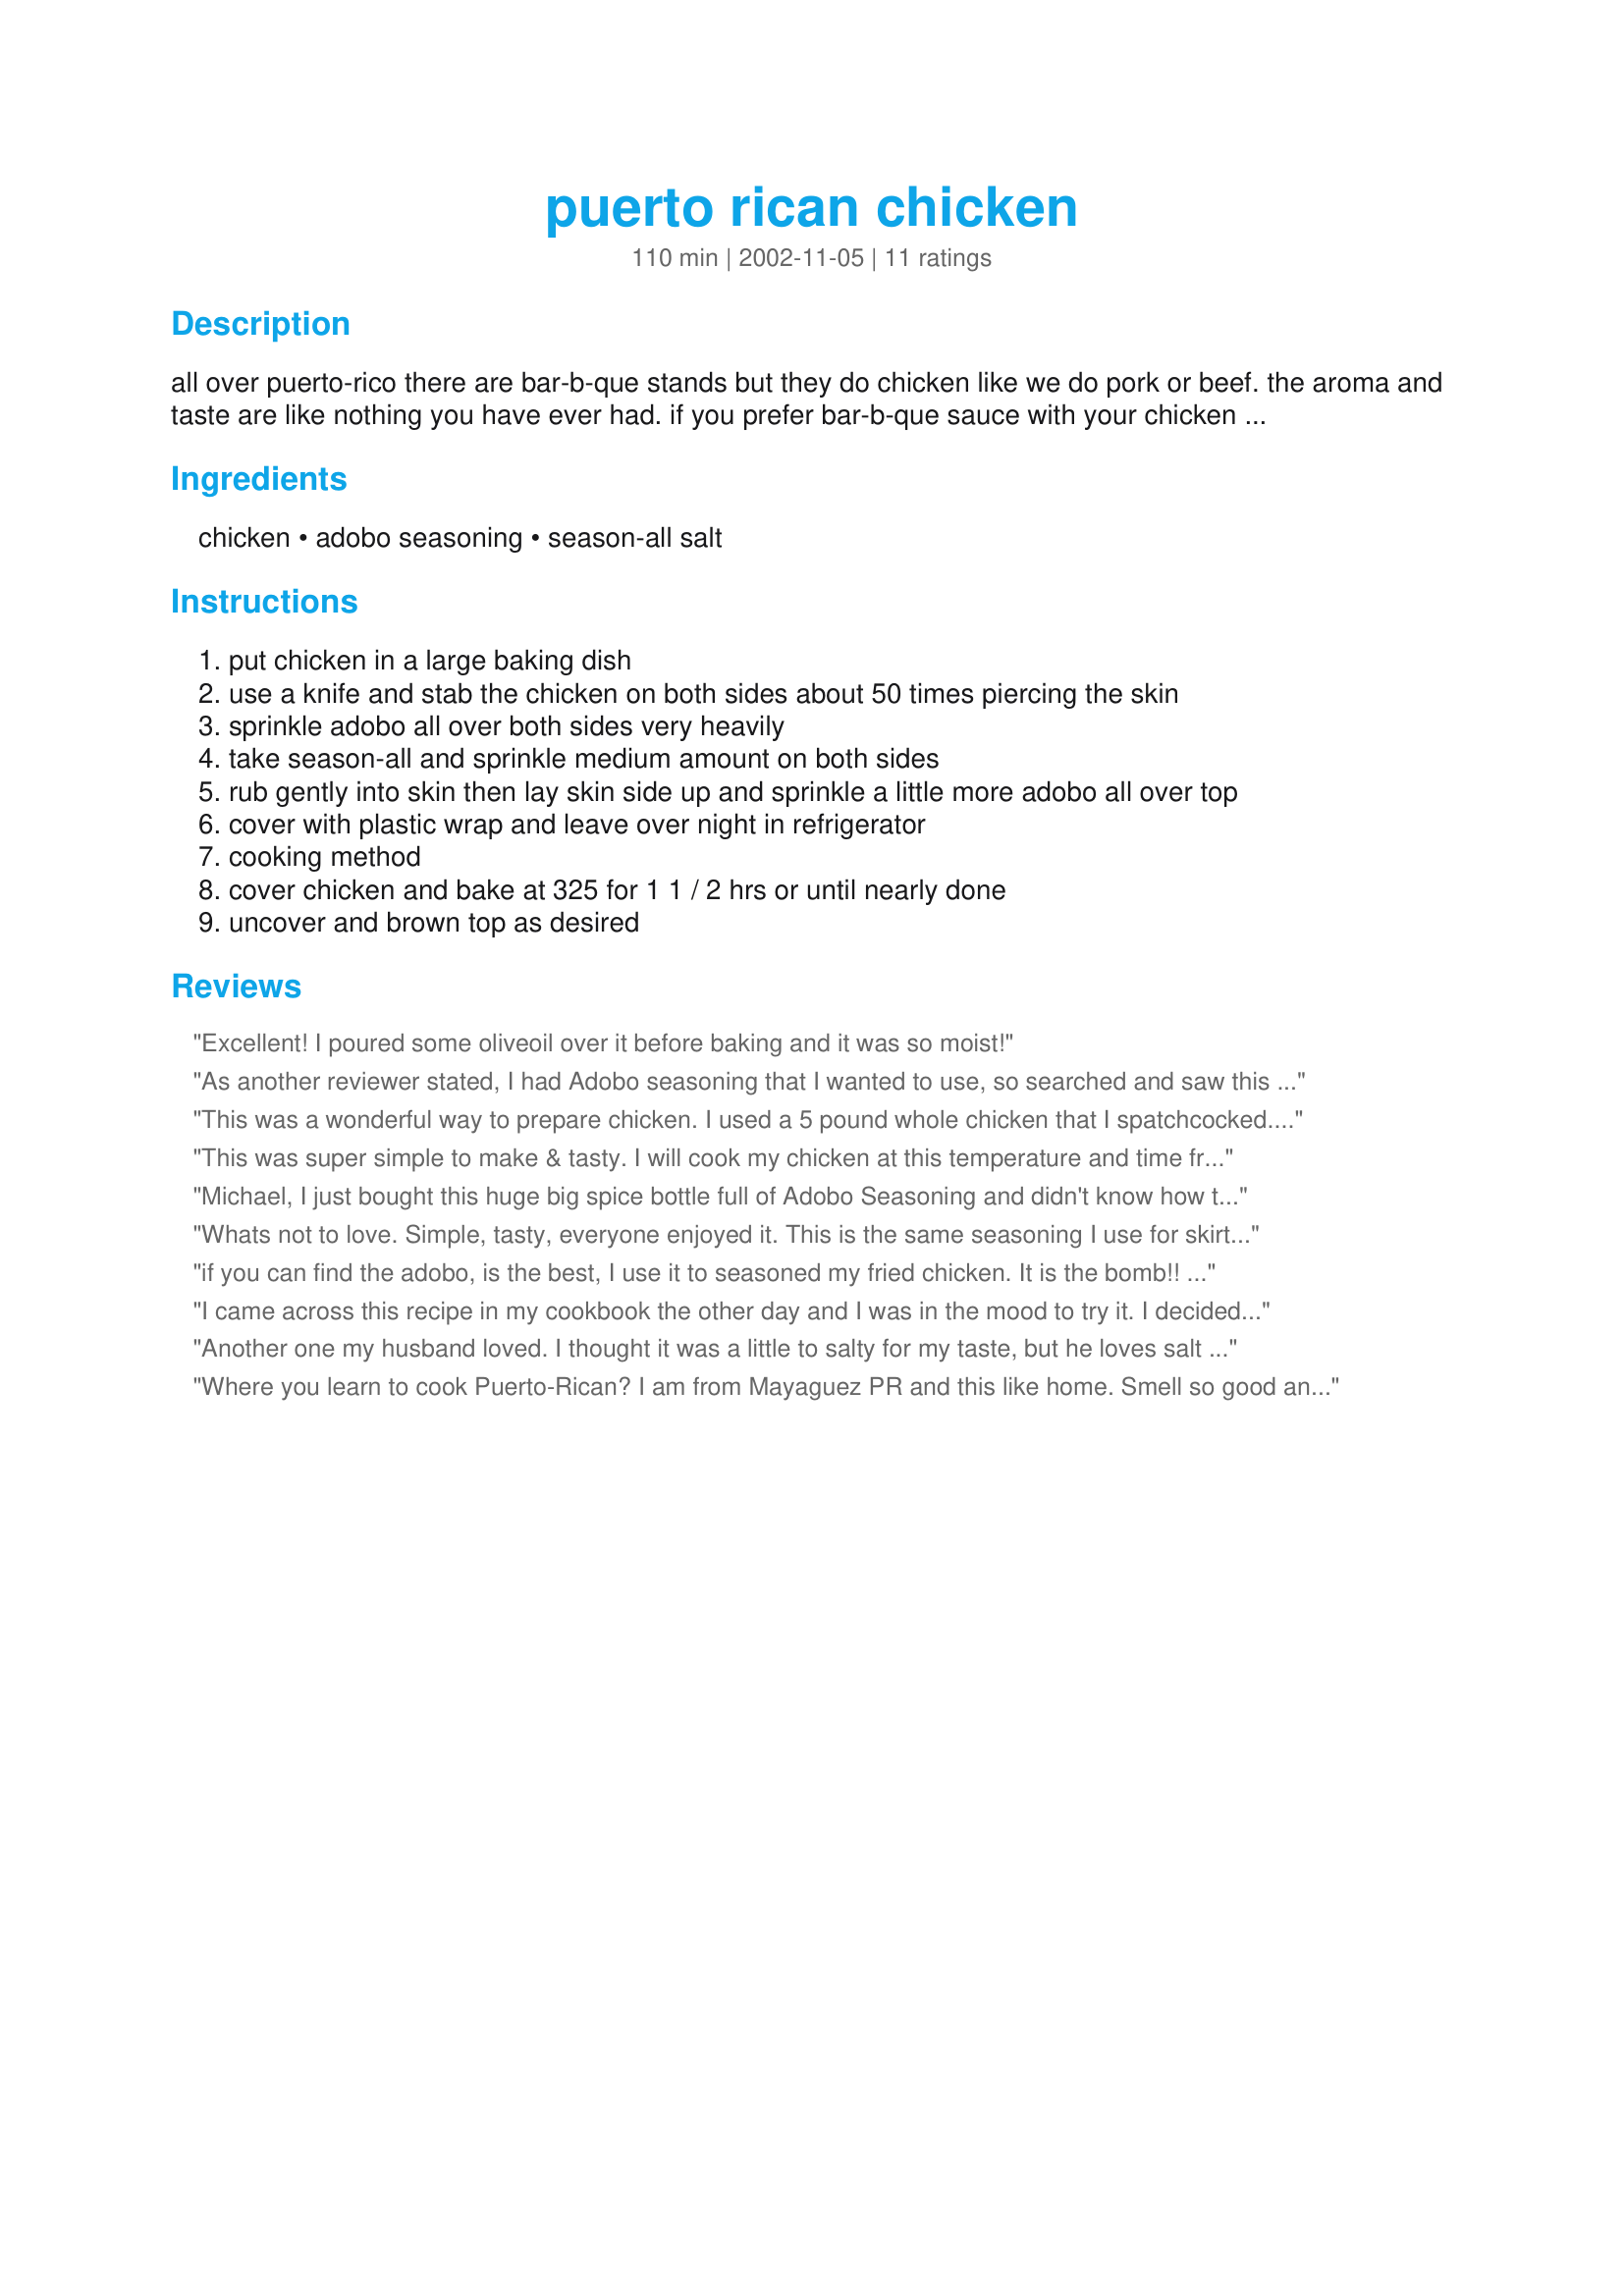
puerto rican chicken
Preparation time: 110 minutes

all over puerto-rico there are bar-b-que stands but they do chicken like we do pork or beef. the aroma and taste are like nothing you have ever had. if you prefer bar-b-que sauce with your chicken try a sauce with honey and add a little extra honey and brush on chicken.

Ingredients:
chicken, adobo seasoning, season-all salt

Steps:
put chicken in a large baking dish
use a knife and stab the chicken on both sides about 50 times piercing the skin
sprinkle adobo all over both sides very heavily
take season-all and sprinkle medium amount on both sides
rub gently into skin then lay skin side up and sprinkle a little more adobo all over top
cover with plastic wrap and leave over night in refrigerator
cooking method
cover chicken and bake at 325 for 1 1 / 2 hrs or until nearly done
uncover and brown top as desired

Reviews:
Excellent! I poured some oliveoil over it before baking and it was so moist!
As another reviewer stated, I had Adobo seasoning that I wanted to use, so searched and saw this recipe (love simple recipes with few ingredients) This is delicious! I prepared as directed by the recipe, using chicken thighs, even sprinkled some seasoning under the skin. I did forget to cover it while baking, but I don't thinks this affected the outcome at all. The aroma was divine and it was hard to wait for the chicken to cook. I turned on the broiler for a few moments to crisp up the skin. I had one thigh just by itself and it was so moist, tender and flavorful. I have chopped up the other thighs and plan to use in a tortilla with additional fixings. Wonderful and definitely a keeper! Thanks Michael J. Hennessey!
This was a wonderful way to prepare chicken. I used a 5 pound whole chicken that I spatchcocked. (Recipe #187484). I used Penzeys adobo seasoning. This was very flavorful and moist.
This was super simple to make & tasty. I will cook my chicken at this temperature and time from now on. My only complaint was that adobo is salty enough by itself. I used both adobo & seasoned salt but will decrease both next time. Thx for posting!!
Michael,
 I just bought this huge big spice bottle full of Adobo Seasoning and didn't know how to use it,so 
I looked it up on Zaar and yours was the one I decided to use,because it was simple,and something I knew I could taste the spices on,it was so very good.Thank you.
Darlene Summers
Whats not to love. Simple, tasty, everyone enjoyed it. This is the same seasoning I use for skirt steak so I knew it would go over well with the family. I used leg/thigh pieces and cooked it for about 1 hour uncovered. It came out perfect. Thanks for posting. I served it with Brown Rice and Pigeon Peas (Arroz Con Gandules)
Recipe #123999 and it was a wonderful meal.
if you can find the adobo, is the best,
I use it to seasoned my fried chicken. 
It is the bomb!!
also good on pork chops!
I came across this recipe in my cookbook the other day and I was in the mood to try it. I decided that since I had some various chicken pieces in the freezer that I would use them instead. I always have adobo on hand and this was very delicious. I cooked my chicken at 425 for about 50 minutes. I have "convection roast" option on my oven and the chicken turned out great!
Another one my husband loved. I thought it was a little to salty for my taste, but he loves salt and garlic. so its perfect fot him. Very easy to prepare and make, will make this again.
Where you learn to cook Puerto-Rican? I am from Mayaguez PR and this like home. Smell so good and taste to. Make me miss home
Good, hubby liked it. Easy to make. I used a slow cooker for convience. Thanks
